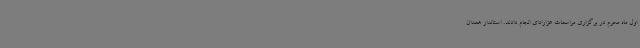
اول ماه محرم در برگزاری مراسمات عزارادای انجام دادند. استاندار همدان